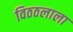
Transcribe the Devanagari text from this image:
विठठलाला